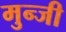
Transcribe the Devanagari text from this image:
मुन्जी